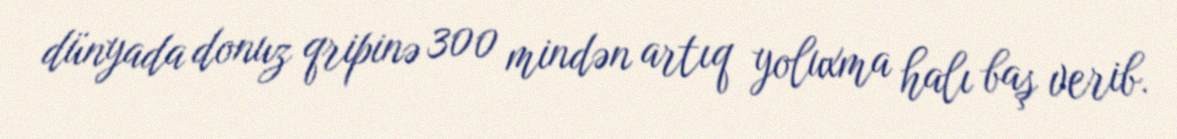
dünyada donuz qripinə 300 mindən artıq yoluxma halı baş verib.